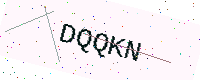
Text: DQQKN